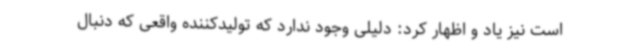
است نیز یاد و اظهار کرد: دلیلی وجود ندارد که تولیدکننده واقعی که دنبال